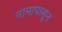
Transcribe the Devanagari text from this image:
नामापासून